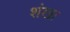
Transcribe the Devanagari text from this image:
शंखा